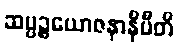
ဆပ္ပဉ္စယောဇနာနိပီတိ